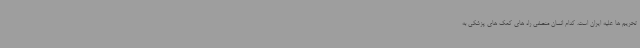
تحریم ها علیه ایران است. کدام انسان منصفی راه های کمک های پزشکی به